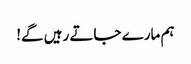
ہم مارے جاتے رہیں گے!